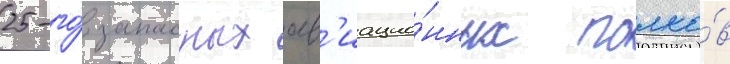
25-го́ запасных ав'иацио́нных полко́в